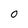
Character: 0